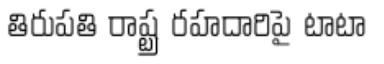
తిరుపతి రాష్ట్ర రహదారిపై టాటా